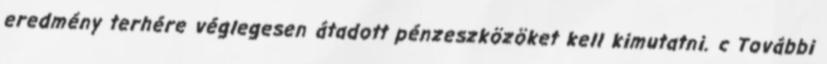
eredmény terhére véglegesen átadott pénzeszközöket kell kimutatni. c További